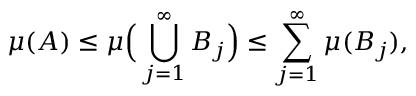
\mu ( A ) \leq \mu { \Big ( } \bigcup _ { j = 1 } ^ { \infty } B _ { j } { \Big ) } \leq \sum _ { j = 1 } ^ { \infty } \mu ( B _ { j } ) ,